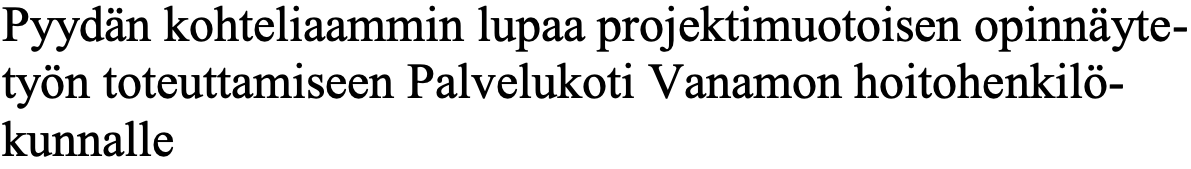
Pyydän kohteliaammin lupaa projektimuotoisen opinnäyte- työn toteuttamiseen Palvelukoti Vanamon hoitohenkilö- kunnalle